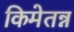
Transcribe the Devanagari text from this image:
किमेतन्न